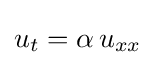
u_{t}=\alpha \,u_{xx}